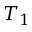
T _ { 1 }